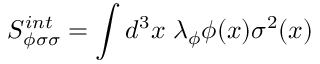
S _ { \phi \sigma \sigma } ^ { i n t } = \int d ^ { 3 } x \; \lambda _ { \phi } \phi ( x ) \sigma ^ { 2 } ( x )